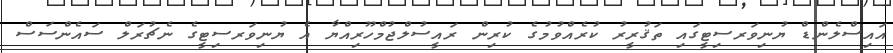
އައިސްލެންޑް ޔުނިވަރސިޓީގައި ތަޤުރީރު ކުރެއްވުމުގެ ކުރިން ރައީސުލްޖުމްހޫރިއްޔާ އެ ޔުނިވަރސިޓީގެ ނެޗުރަލް ސައެންސަސް